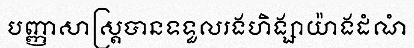
បញ្ញាសាស្ត្របានទទួលរងហិង្សាយ៉ាងដំណំ